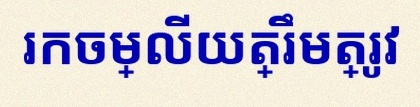
រកចម្លើយត្រឹមត្រូវ